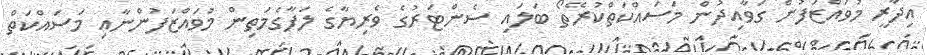
އިދާރީ މުވައްޒަފުން ގަވާއިދުން މަސައްކަތްކުރޭތޯ ބަލައި ސެންޓަރުގެ ވެރިޔާގެ ލަފާގެމަތިން މުވައްޒަފުންނާއި މަސައްކަތް